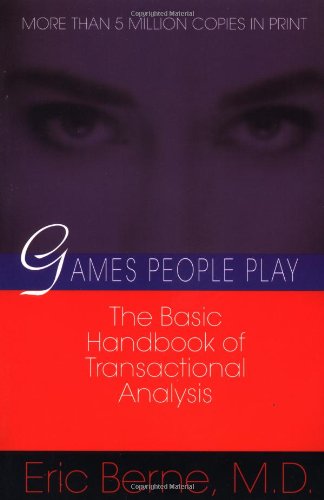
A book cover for Games People Play: The Basic Handbook of Transactional Analysis.; Eric Berne; Medical Books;